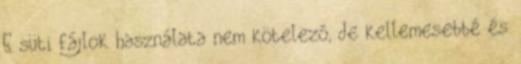
E süti fájlok használata nem kötelező, de kellemesebbé és